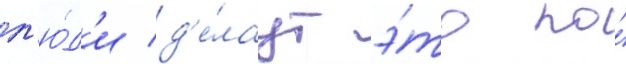
л'ю́д'и д'е́лаут э́то по́